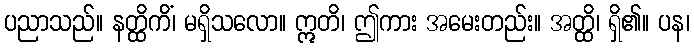
ပညာသည်။ နတ္ထိကိံ၊ မရှိသလော။ ဣတိ၊ ဤကား အမေးတည်း။ အတ္ထိ၊ ရှိ၏။ ပန၊